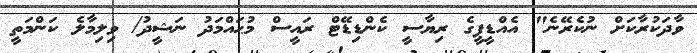
ވާދަކުރާކަށް ނުކެރޭނެ" އެއްޑީޕީގެ ރިޔާސީ ކެންޑިޑޭޓް ރައީސް މުޙައްމަދު ނަޝީދު/ ވިލިމާލެ ކަންމަތީ